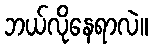
ဘယ်လိုနေရာလဲ။